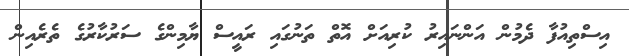
އިސްތިއުފާ ދެމުން އަންނައިރު ކުރިއަށް އޮތް ތަނުގައި ރައީސް ޔާމިންގެ ސަރުކާރުގެ ތެރެއިން